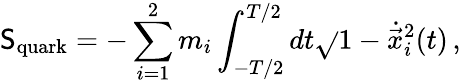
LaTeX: \mathsf{S}_{\mathrm{{quark}}}=-\sum_{i=1}^{2}m_{i}\int_{-T/2}^{T/2}dt\sqrt{}{{1-\dot{{\vec{{x}}}}_{i}^{2}(t)}}\, ,